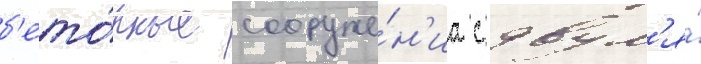
б'ето́нные сооруже́н'иа с двум'я́